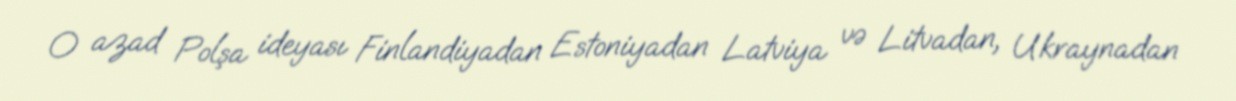
O azad Polşa ideyası Finlandiyadan Estoniyadan Latviya və Litvadan, Ukraynadan